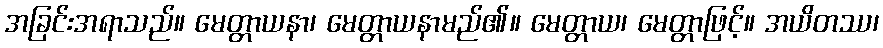
အခြင်းအရာသည်။ မေတ္တာယနာ၊ မေတ္တာယနာမည်၏။ မေတ္တာယ၊ မေတ္တာဖြင့်။ အယိတဿ၊